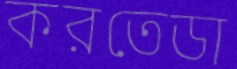
করতেডা